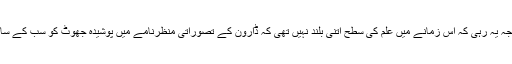
اس مقبولیت کی اہم وجہ یہ رہی کہ اس زمانے میں علم کی سطح اتنی بلند نہیں تھی کہ ڈاروِن کے تصوراتی منظرنامے میں پوشیدہ جھوٹ کو سب کے سامنے عیاں کر سکتی۔